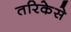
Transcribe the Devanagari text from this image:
तरिकेसे